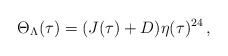
\begin{align*}\Theta_\Lambda(\tau)=(J(\tau)+D)\eta(\tau)^{24}\,,\end{align*}